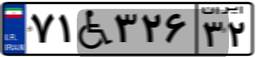
۷۱W۳۲۶۳۲